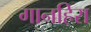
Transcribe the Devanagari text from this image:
गानहिरा